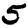
Digit: 5